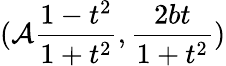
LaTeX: (\mathcal{A}\frac{{1-t^{2}}}{{1+t^{2}}},\frac{{2bt}}{{1+t^{2}}})